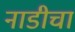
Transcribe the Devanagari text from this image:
नाडीचा